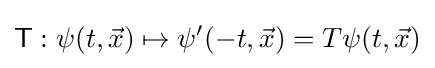
{\mathsf {T}}:\psi (t,{\vec {x}})\mapsto \psi ^{\prime }(-t,{\vec {x}})=T\psi (t,{\vec {x}})